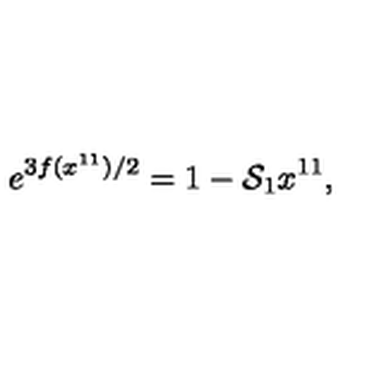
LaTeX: e ^ { 3 f ( x ^ { 1 1 } ) / 2 } = 1 - { \cal S } _ { 1 } x ^ { 1 1 } ,